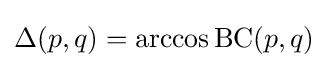
\Delta (p,q)=\arccos \operatorname {BC} (p,q)